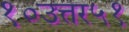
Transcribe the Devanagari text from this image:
१०उत्तर५१